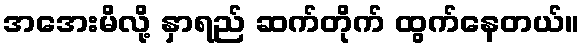
အအေးမိလို့ နှာရည် ဆက်တိုက် ထွက်နေတယ်။